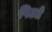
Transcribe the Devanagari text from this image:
पिटते